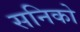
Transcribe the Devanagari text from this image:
सनिको